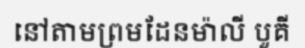
នៅតាមព្រមដែនម៉ាលី បួគី